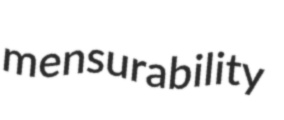
mensurability